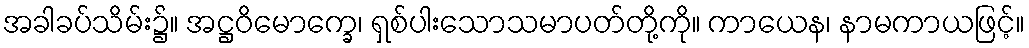
အခါခပ်သိမ်း၌။ အဋ္ဌဝိမောက္ခေ၊ ရှစ်ပါးသောသမာပတ်တို့ကို။ ကာယေန၊ နာမကာယဖြင့်။